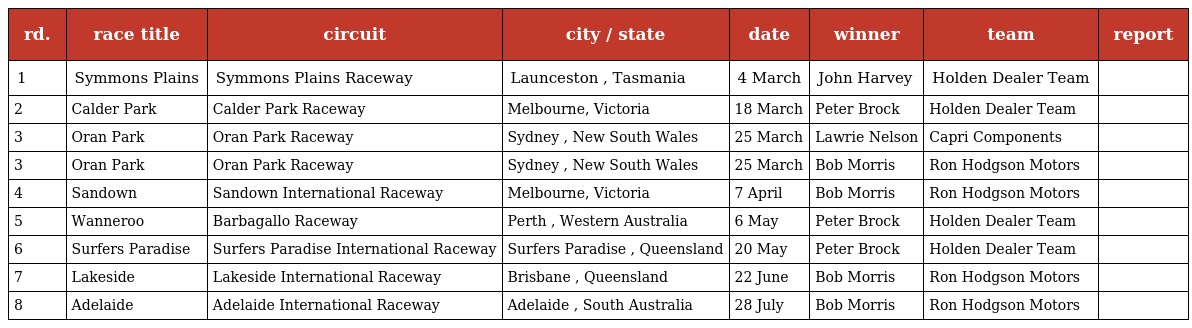
| rd. | race title | circuit | city / state | date | winner | team | report |
 | --- | --- | --- | --- | --- | --- | --- | --- |
 | 1 | Symmons Plains | Symmons Plains Raceway | Launceston , Tasmania | 4 March | John Harvey | Holden Dealer Team |  |
 | 2 | Calder Park | Calder Park Raceway | Melbourne, Victoria | 18 March | Peter Brock | Holden Dealer Team |  |
 | 3 | Oran Park | Oran Park Raceway | Sydney , New South Wales | 25 March | Lawrie Nelson | Capri Components |  |
 | 3 | Oran Park | Oran Park Raceway | Sydney , New South Wales | 25 March | Bob Morris | Ron Hodgson Motors |  |
 | 4 | Sandown | Sandown International Raceway | Melbourne, Victoria | 7 April | Bob Morris | Ron Hodgson Motors |  |
 | 5 | Wanneroo | Barbagallo Raceway | Perth , Western Australia | 6 May | Peter Brock | Holden Dealer Team |  |
 | 6 | Surfers Paradise | Surfers Paradise International Raceway | Surfers Paradise , Queensland | 20 May | Peter Brock | Holden Dealer Team |  |
 | 7 | Lakeside | Lakeside International Raceway | Brisbane , Queensland | 22 June | Bob Morris | Ron Hodgson Motors |  |
 | 8 | Adelaide | Adelaide International Raceway | Adelaide , South Australia | 28 July | Bob Morris | Ron Hodgson Motors |  |